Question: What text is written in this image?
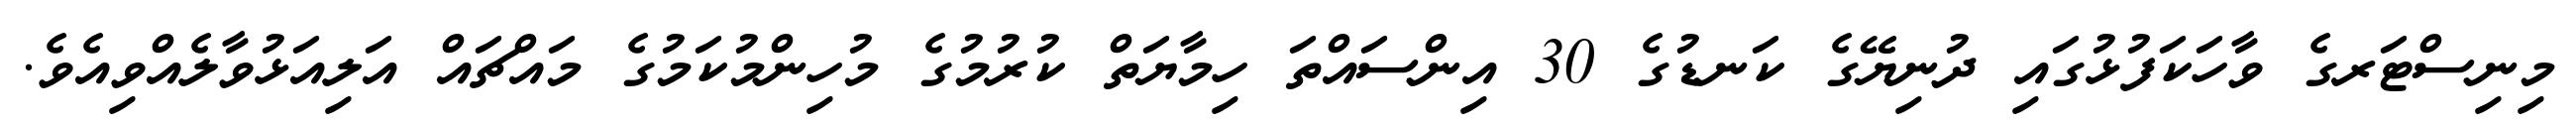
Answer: މިނިސްޓަރގެ ވާހަކަފުޅުގައި ދުނިޔޭގެ ކަނޑުގެ 30 އިންސައްތަ ހިމާޔަތް ކުރުމުގެ މުހިންމުކަމުގެ މައްޗައް އަލިއަޅުވާލެއްވިއެވެ.